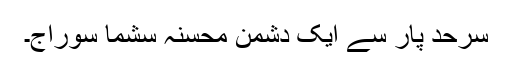
سرحد پار سے ایک دشمن محسنہ سشما سوراج۔